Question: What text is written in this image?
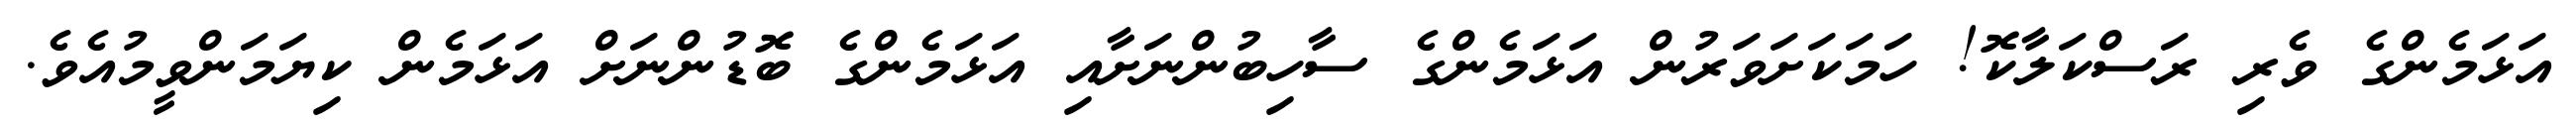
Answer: އަޅަމެންގެ ވެރި ރަސްކަލާކޮ! ހަމަކަށަވަރުން އަޅަމެންގެ ސާހިބުންނަށާއި އަޅަމެންގެ ބޮޑުންނަށް އަޅަމެން ކިޔަމަންވީމުއެވެ.